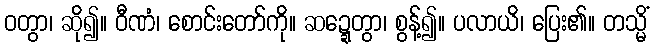
ဝတွာ၊ ဆို၍။ ဝီဏံ၊ စောင်းတော်ကို။ ဆဍ္ဍေတွာ၊ စွန့်၍။ ပလာယိ၊ ပြေး၏။ တသ္မိံ